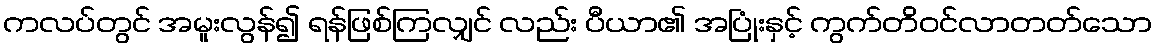
ကလပ်တွင် အမူးလွန်၍ ရန်ဖြစ်ကြလျှင် လည်း ပီယာ၏ အပြုံးနှင့် ကွက်တိဝင်လာတတ်သော